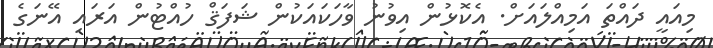
މިއައީ ދައްތަ އަމިއްލައަށް. އެކޮޅުން އިވުނު ވާހަކައަކުން ޝަފަޤް ހުއްޓުން އަރައި އޭނަގެ